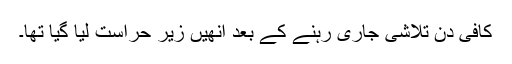
کافی دن تلاشی جاری رہنے کے بعد اُنھیں زیر حراست لیا گیا تھا۔